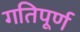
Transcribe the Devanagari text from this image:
गतिपूर्ण